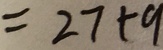
= 2 7 + 9